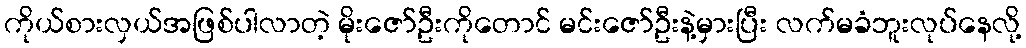
ကိုယ်စားလှယ်အဖြစ်ပါလာတဲ့ မိုးဇော်ဦးကိုတောင် မင်းဇော်ဦးနဲ့မှားပြီး လက်မခံဘူးလုပ်နေလို့